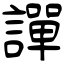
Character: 譂